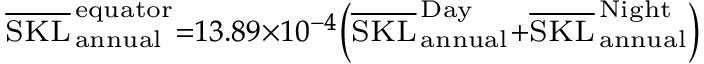
\scriptstyle \overline { { \mathrm { S K L } } } _ { \, \mathrm { a n n u a l } } ^ { \, \mathrm { e q u a t o r } } = 1 3 . 8 9 \times 1 0 ^ { - 4 } \left( \overline { { \mathrm { S K L } } } _ { \, \mathrm { a n n u a l } } ^ { \, \mathrm { D a y } } + \overline { { \mathrm { S K L } } } _ { \, \mathrm { a n n u a l } } ^ { \, \mathrm { N i g h t } } \right)